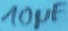
Text: 10µF